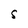
Character: S